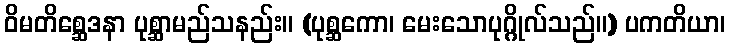
ဝိမတိစ္ဆေဒနာ ပုစ္ဆာမည်သနည်း။ (ပုစ္ဆကော၊ မေးသောပုဂ္ဂိုလ်သည်။) ပကတိယာ၊